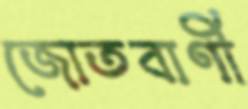
জোতবাণী